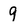
Character: 9